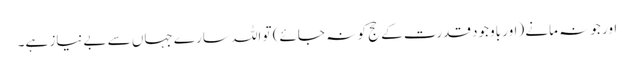
اور جو نہ مانے (اور باوجود قدرت کے حج کو نہ جائے) تو اللہ سارے جہاں سے بےنیاز ہے۔